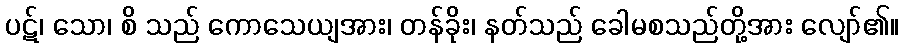
ပဋ်၊ သော၊ စိ သည် ကောသေယျအား၊ တန်ခိုး၊ နတ်သည် ခေါမစသည်တို့အား လျော်၏။